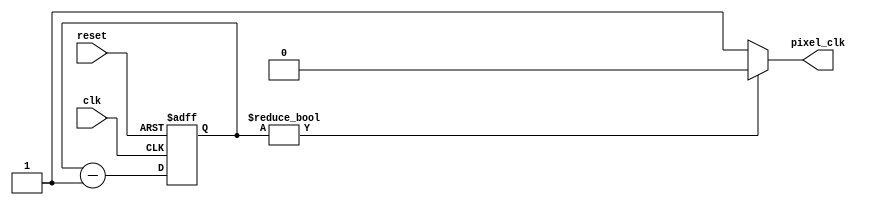
`timescale 1ns / 1ps

module pixel_timer_module(
    input clk,
    input reset,
    output pixel_clk);

    reg [1:0] counter;

    //Timer for pixel_clk (25 MHz).
    always @(posedge clk or posedge reset) begin
        if (reset) begin
            counter <= 2'h3;
        end
        else begin
            counter <= counter - 1'b1;
        end
    end

    assign pixel_clk = counter ? 1'b0 : 1'b1;
endmodule